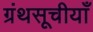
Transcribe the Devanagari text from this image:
ग्रंथसूचीयाँ